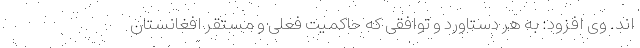
اند. وی افزود: به هر دستاورد و توافقی که حاکمیت فعلی و مستقر افغانستان